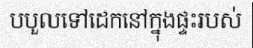
បបួលទៅដេកនៅក្នុងផ្ទះរបស់